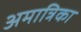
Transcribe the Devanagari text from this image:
अमात्रिका